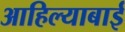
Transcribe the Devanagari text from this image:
आहिल्याबाई